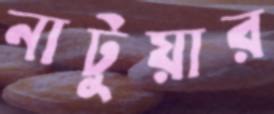
নাটুয়ার